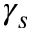
\gamma _ { s }